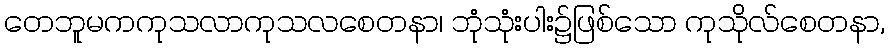
တေဘူမကကုသလာကုသလစေတနာ၊ ဘုံသုံးပါး၌ဖြစ်သော ကုသိုလ်စေတနာ,